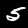
Digit: 5